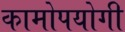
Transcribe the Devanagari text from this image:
कामोपयोगी